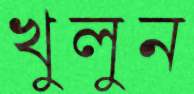
খুলুন